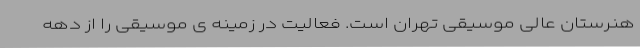
هنرستان عالی موسیقی تهران است. فعالیت در زمینه ی موسیقی را از دهه